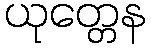
ယုတ္တေန